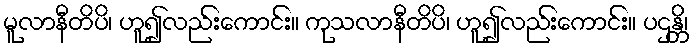
မူလာနီတိပိ၊ ဟူ၍လည်းကောင်း။ ကုသလာနီတိပိ၊ ဟူ၍လည်းကောင်း။ ပဌန္တိ၊